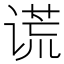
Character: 谎